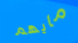
مايهم